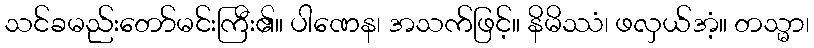
သင်ခမည်းတော်မင်းကြီး၏။ ပါဏေန၊ အသက်ဖြင့်။ နိမိဿံ၊ ဖလှယ်အံ့။ တသ္မာ၊